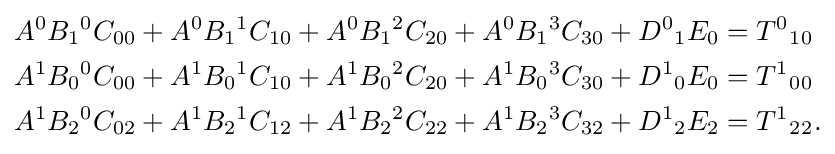
{\begin{aligned}A^{0}B_{1}{}^{0}C_{00}+A^{0}B_{1}{}^{1}C_{10}+A^{0}B_{1}{}^{2}C_{20}+A^{0}B_{1}{}^{3}C_{30}+D^{0}{}_{1}{}E_{0}&=T^{0}{}_{1}{}_{0}\\A^{1}B_{0}{}^{0}C_{00}+A^{1}B_{0}{}^{1}C_{10}+A^{1}B_{0}{}^{2}C_{20}+A^{1}B_{0}{}^{3}C_{30}+D^{1}{}_{0}{}E_{0}&=T^{1}{}_{0}{}_{0}\\A^{1}B_{2}{}^{0}C_{02}+A^{1}B_{2}{}^{1}C_{12}+A^{1}B_{2}{}^{2}C_{22}+A^{1}B_{2}{}^{3}C_{32}+D^{1}{}_{2}{}E_{2}&=T^{1}{}_{2}{}_{2}.\end{aligned}}